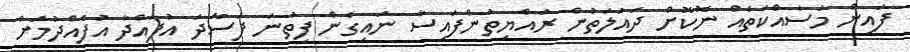
ފައިން މަސައްކަތެއް ނޮކޮށް ދައުލަތުން ރައްޔިތުންފައިސާ ނައިގެން ފިތުނަ ފަސާދަ އުފައްދާ އުފެއްދުމަށް